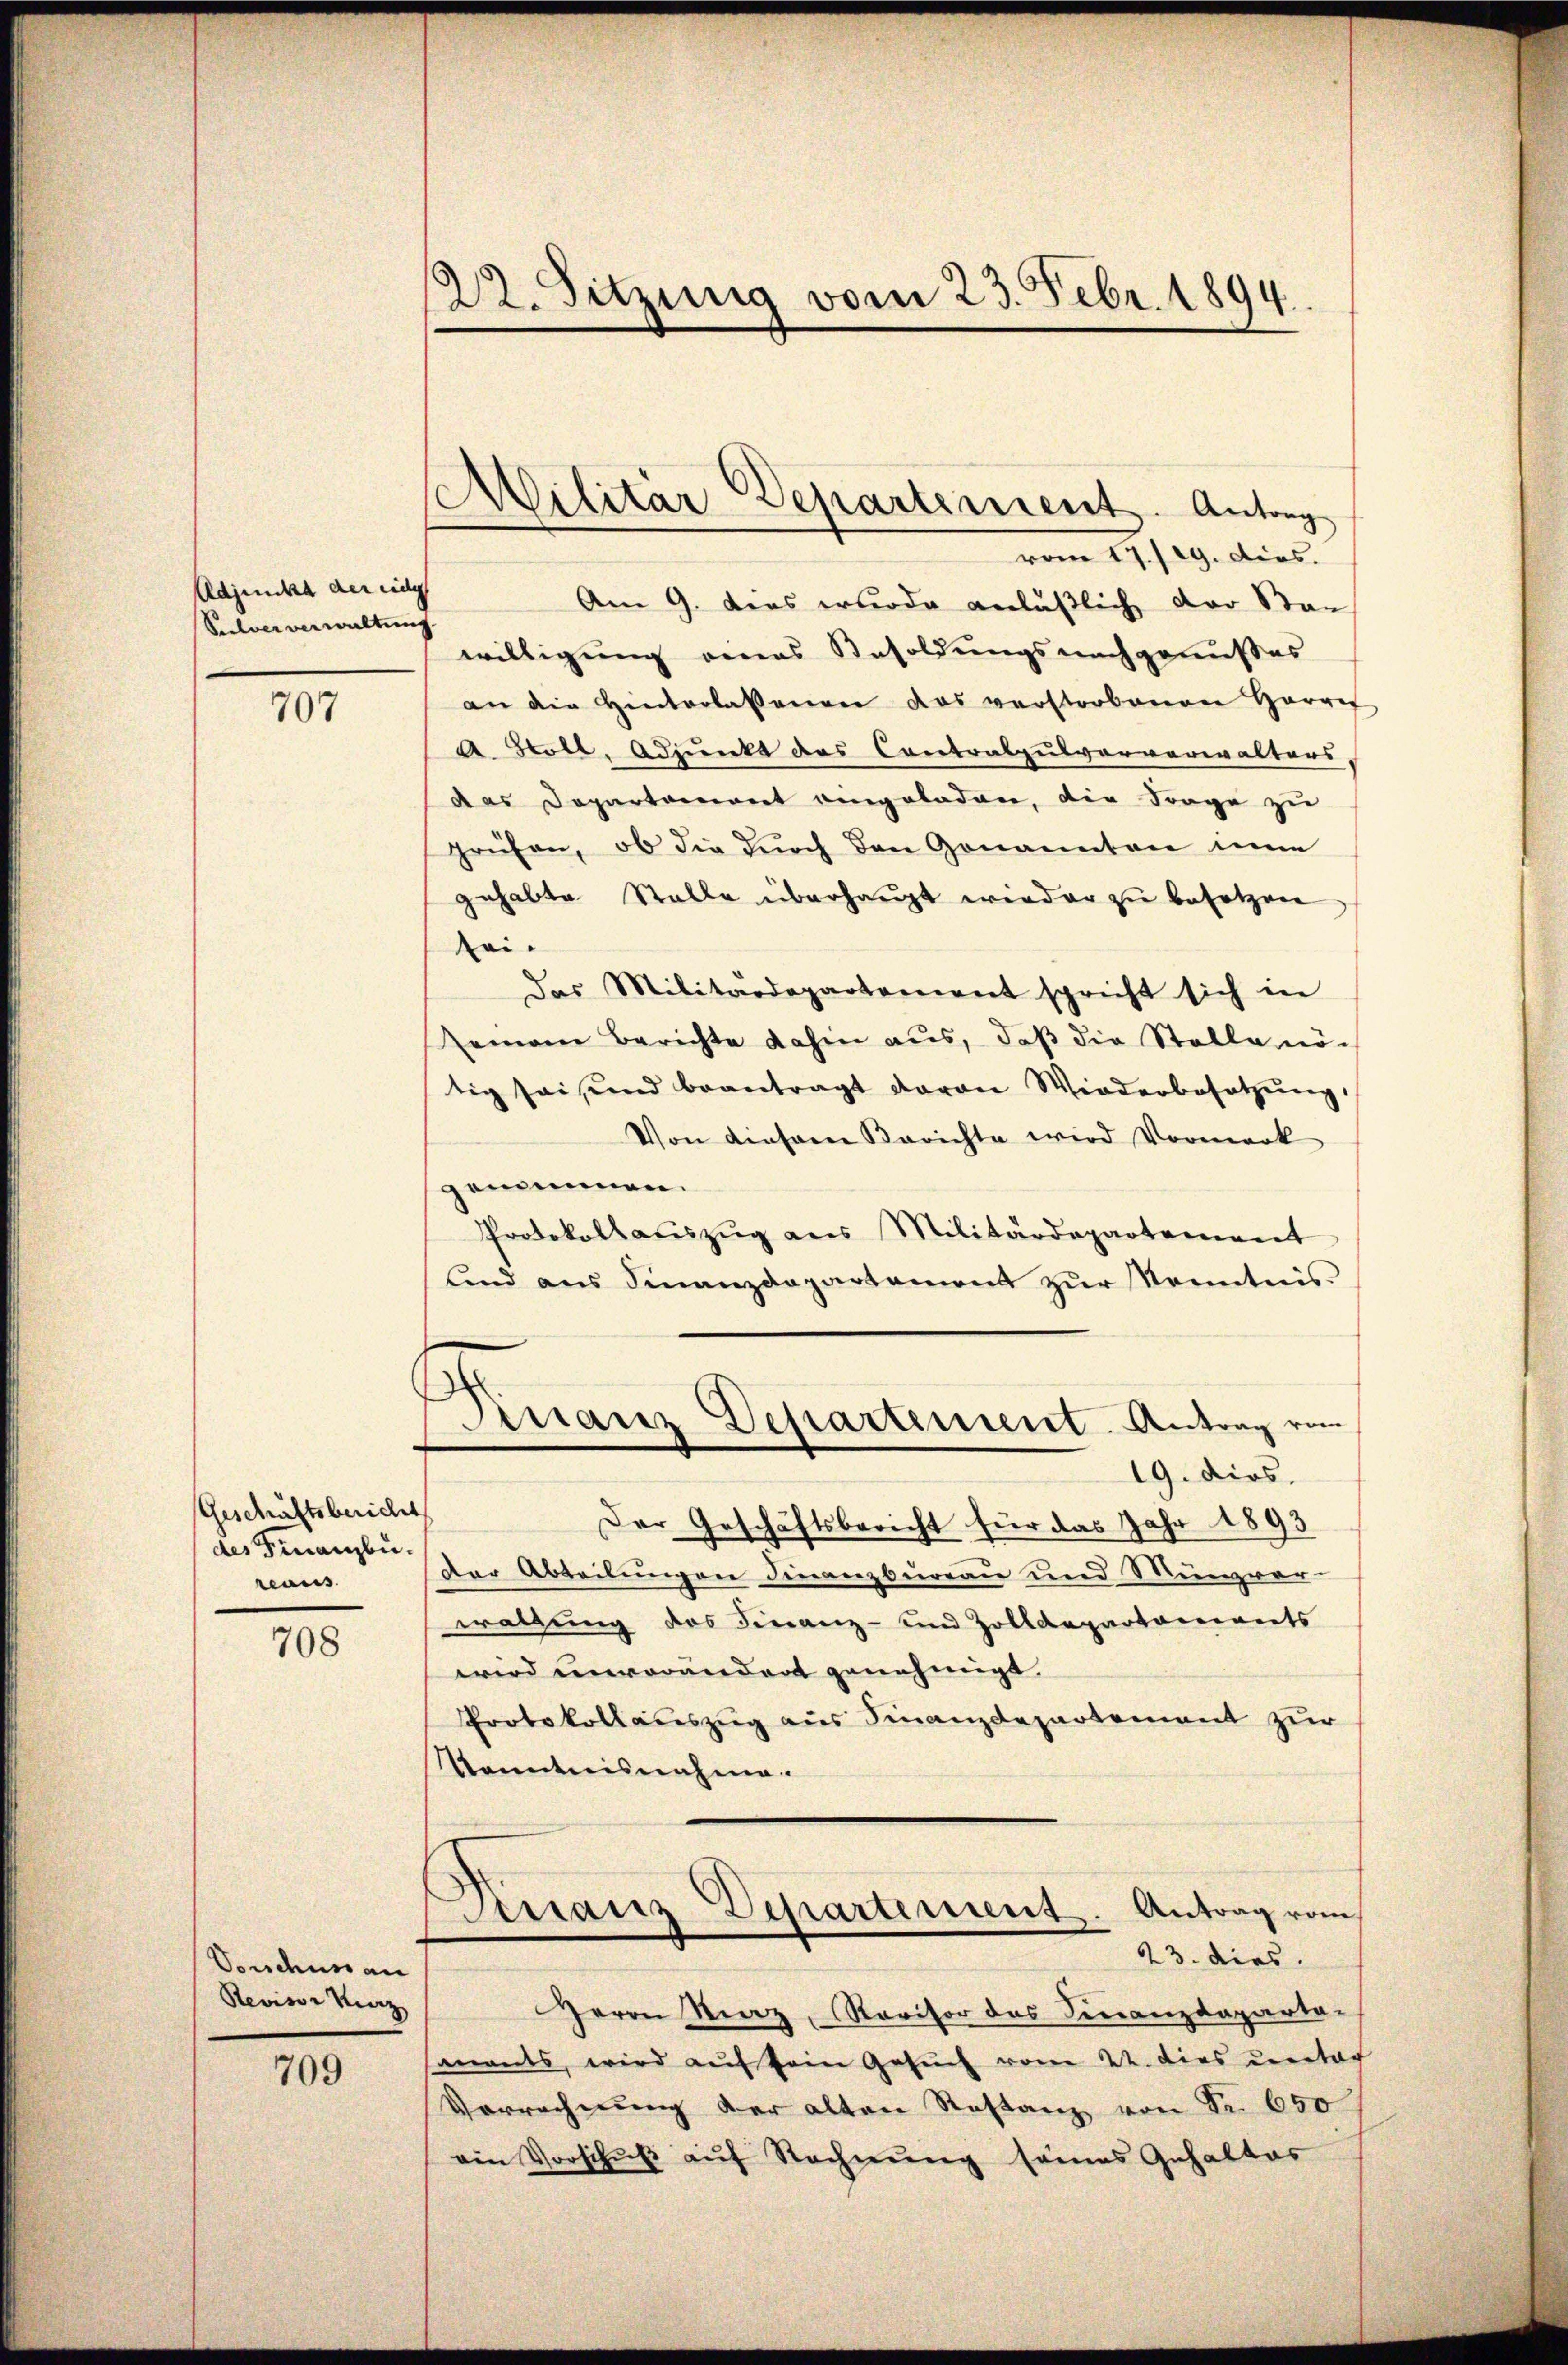
Adjunkt der eidg
Pulver verwaltung

707

Geschäftsbericht
des Finanzbureaus

708

Vorschen an
Revisor Merz

709

122. Sitzung vom 23. Febr. 1894.

Militär Departement. Antrag
vom 17./19. dies.
Am 9. das wurde anläßlich der Stan

willigung eines Besoldungsnachgenußes
an die Hinterlassenen das verstorbenen Herre
a. Stoll, Adjunkt des Contralpulververwalters,
das Departement angeladen, die Frage zu
prüfen, ob die durch den Genannten inne
gehabte Stalle überhaŭpt wieder zŭ besetzen
tei¬
Das Militärdepartement spricht sich in
Zeinem Berichte dahin aus, daß die Stelle nö
tig sei und beantragt davon Wiederbesetzŭng
Von diesem Berichte wird Vormerk
genommen.
Protokollaŭszŭg ans Militärdepartement
ŭnd ans Finanzdepartament zŭr Kenntnis.
Kranz Departement. Antrag von
19. dies.
Der Geschäftsbericht für das Jahr 1893
der Abteilungen Finanzbureau und Münzwar
waltung des Finanz- und Zolldepartaments
wird einverändert genehmigt.
Protokollauszug aus Finanzdepartement zur
Kenntnisnahme.
irranz Departement. Antrag vom
23. dies
Herrn Straz, Revisor des Finanzdeparta-
mants, wird auf sein Gesuch vom 22. Dies unter
Vorrechnung der alten Restanz von Fr. 650
ain Vorschŭβ aŭf Rechnung seines Gehaltes